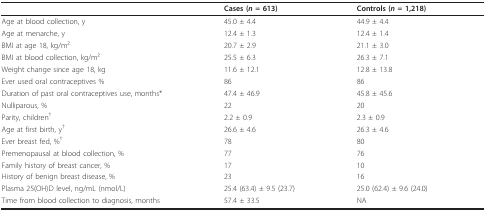
|  | Cases (n = 613) | Controls (n = 1,218) |
 | --- | --- | --- |
 | Age at blood collection, y | 45.0 ± 4.4 | 44.9 ± 4.4 |
 | Age at menarche, y | 12.4 ± 1.3 | 12.4 ± 1.4 |
 | BMI at age 18, kg/m2 | 20.7 ± 2.9 | 21.1 ± 3.0 |
 | BMI at blood collection, kg/m2 | 25.5 ± 6.3 | 26.3 ± 7.1 |
 | Weight change since age 18, kg | 11.6 ± 12.1 | 12.8 ± 13.8 |
 | Ever used oral contraceptives % | 86 | 86 |
 | Duration of past oral contraceptives use, months* | 47.4 ± 46.9 | 45.8 ± 45.6 |
 | Nulliparous, % | 22 | 20 |
 | Parity, children† | 2.2 ± 0.9 | 2.3 ± 0.9 |
 | Age at first birth, y† | 26.6 ± 4.6 | 26.3 ± 4.6 |
 | Ever breast fed, %† | 78 | 80 |
 | Premenopausal at blood collection, % | 77 | 76 |
 | Family history of breast cancer, % | 17 | 10 |
 | History of benign breast disease, % | 23 | 16 |
 | Plasma 25(OH)D level, ng/mL (nmol/L) | 25.4 (63.4) ± 9.5 (23.7) | 25.0 (62.4) ± 9.6 (24.0) |
 | Time from blood collection to diagnosis, months | 57.4 ± 33.5 | NA |